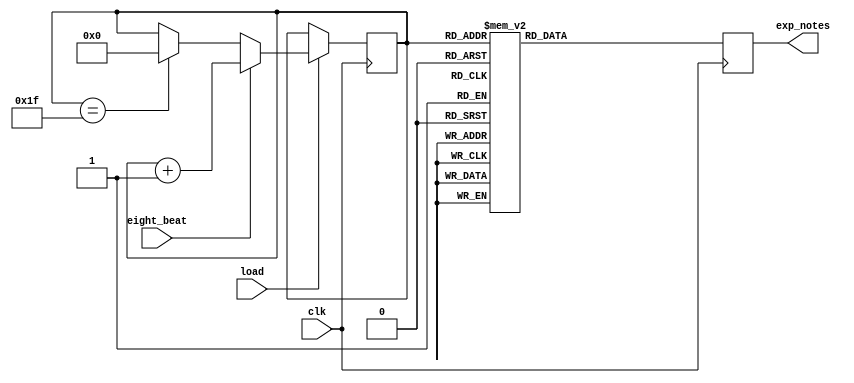
module chorus(
				  input clk,
						  eight_beat,
						  load,
						  
				  output reg [4:0]exp_notes
				  );
							 
	reg [4:0] t = 5'd0;
	
	always@(posedge clk)
	begin
		if (load)
			if (eight_beat == 1'b1)
				t <= t+1;
			else if (t == 5'd31)
				t <= 5'd0;
		else if (~load)
			t <= 5'd0;
	end
	
	always@(posedge clk)
	begin
	
		case(t)
			5'd0:
				exp_notes <= 5'b00101;
			5'd2:
				exp_notes <= 5'b01010;
			5'd4:
				exp_notes <= 5'b10100;
			5'd7:
				exp_notes <= 5'b00101;
			5'd9:
				exp_notes <= 5'b01010;
			5'd11:
				exp_notes <= 5'b11000;
			5'd12:
				exp_notes <= 5'b10100;
			5'd16:
				exp_notes <= 5'b00101;
			5'd18:
				exp_notes <= 5'b01010;
			5'd20:
				exp_notes <= 5'b10100;
			5'd23:
				exp_notes <= 5'b01010;
			5'd25:
				exp_notes <= 5'b00101;
				
			default: exp_notes <= 5'b00000;
			
		endcase
	end
endmodule